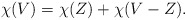
\begin{align*}\chi(V) = \chi(Z) + \chi(V - Z).\end{align*}